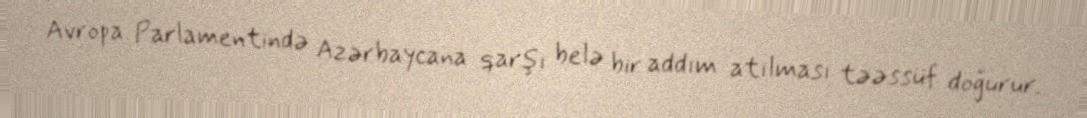
Avropa Parlamentində Azərbaycana qarşı belə bir addım atılması təəssüf doğurur.